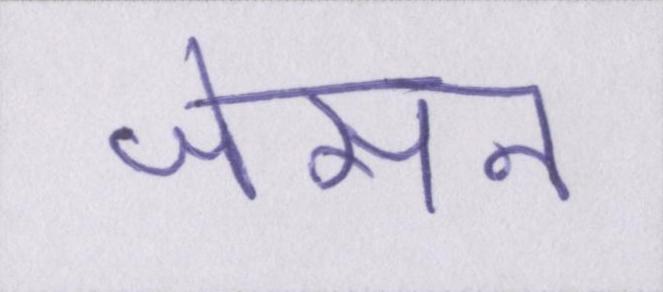
जेसन